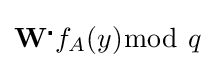
{\textbf {W}}^{\centerdot }f_{A}(y){\bmod {\ }}q